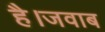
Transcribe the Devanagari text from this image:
है।जवाब